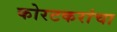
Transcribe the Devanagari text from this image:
कोरटकरांचा